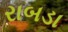
રાબડા